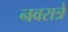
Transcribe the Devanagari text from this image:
नवरात्रे